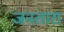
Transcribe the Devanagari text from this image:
जनतारा